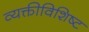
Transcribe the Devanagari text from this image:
व्यक्तीविशिष्ट